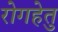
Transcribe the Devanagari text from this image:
रोगहेतु